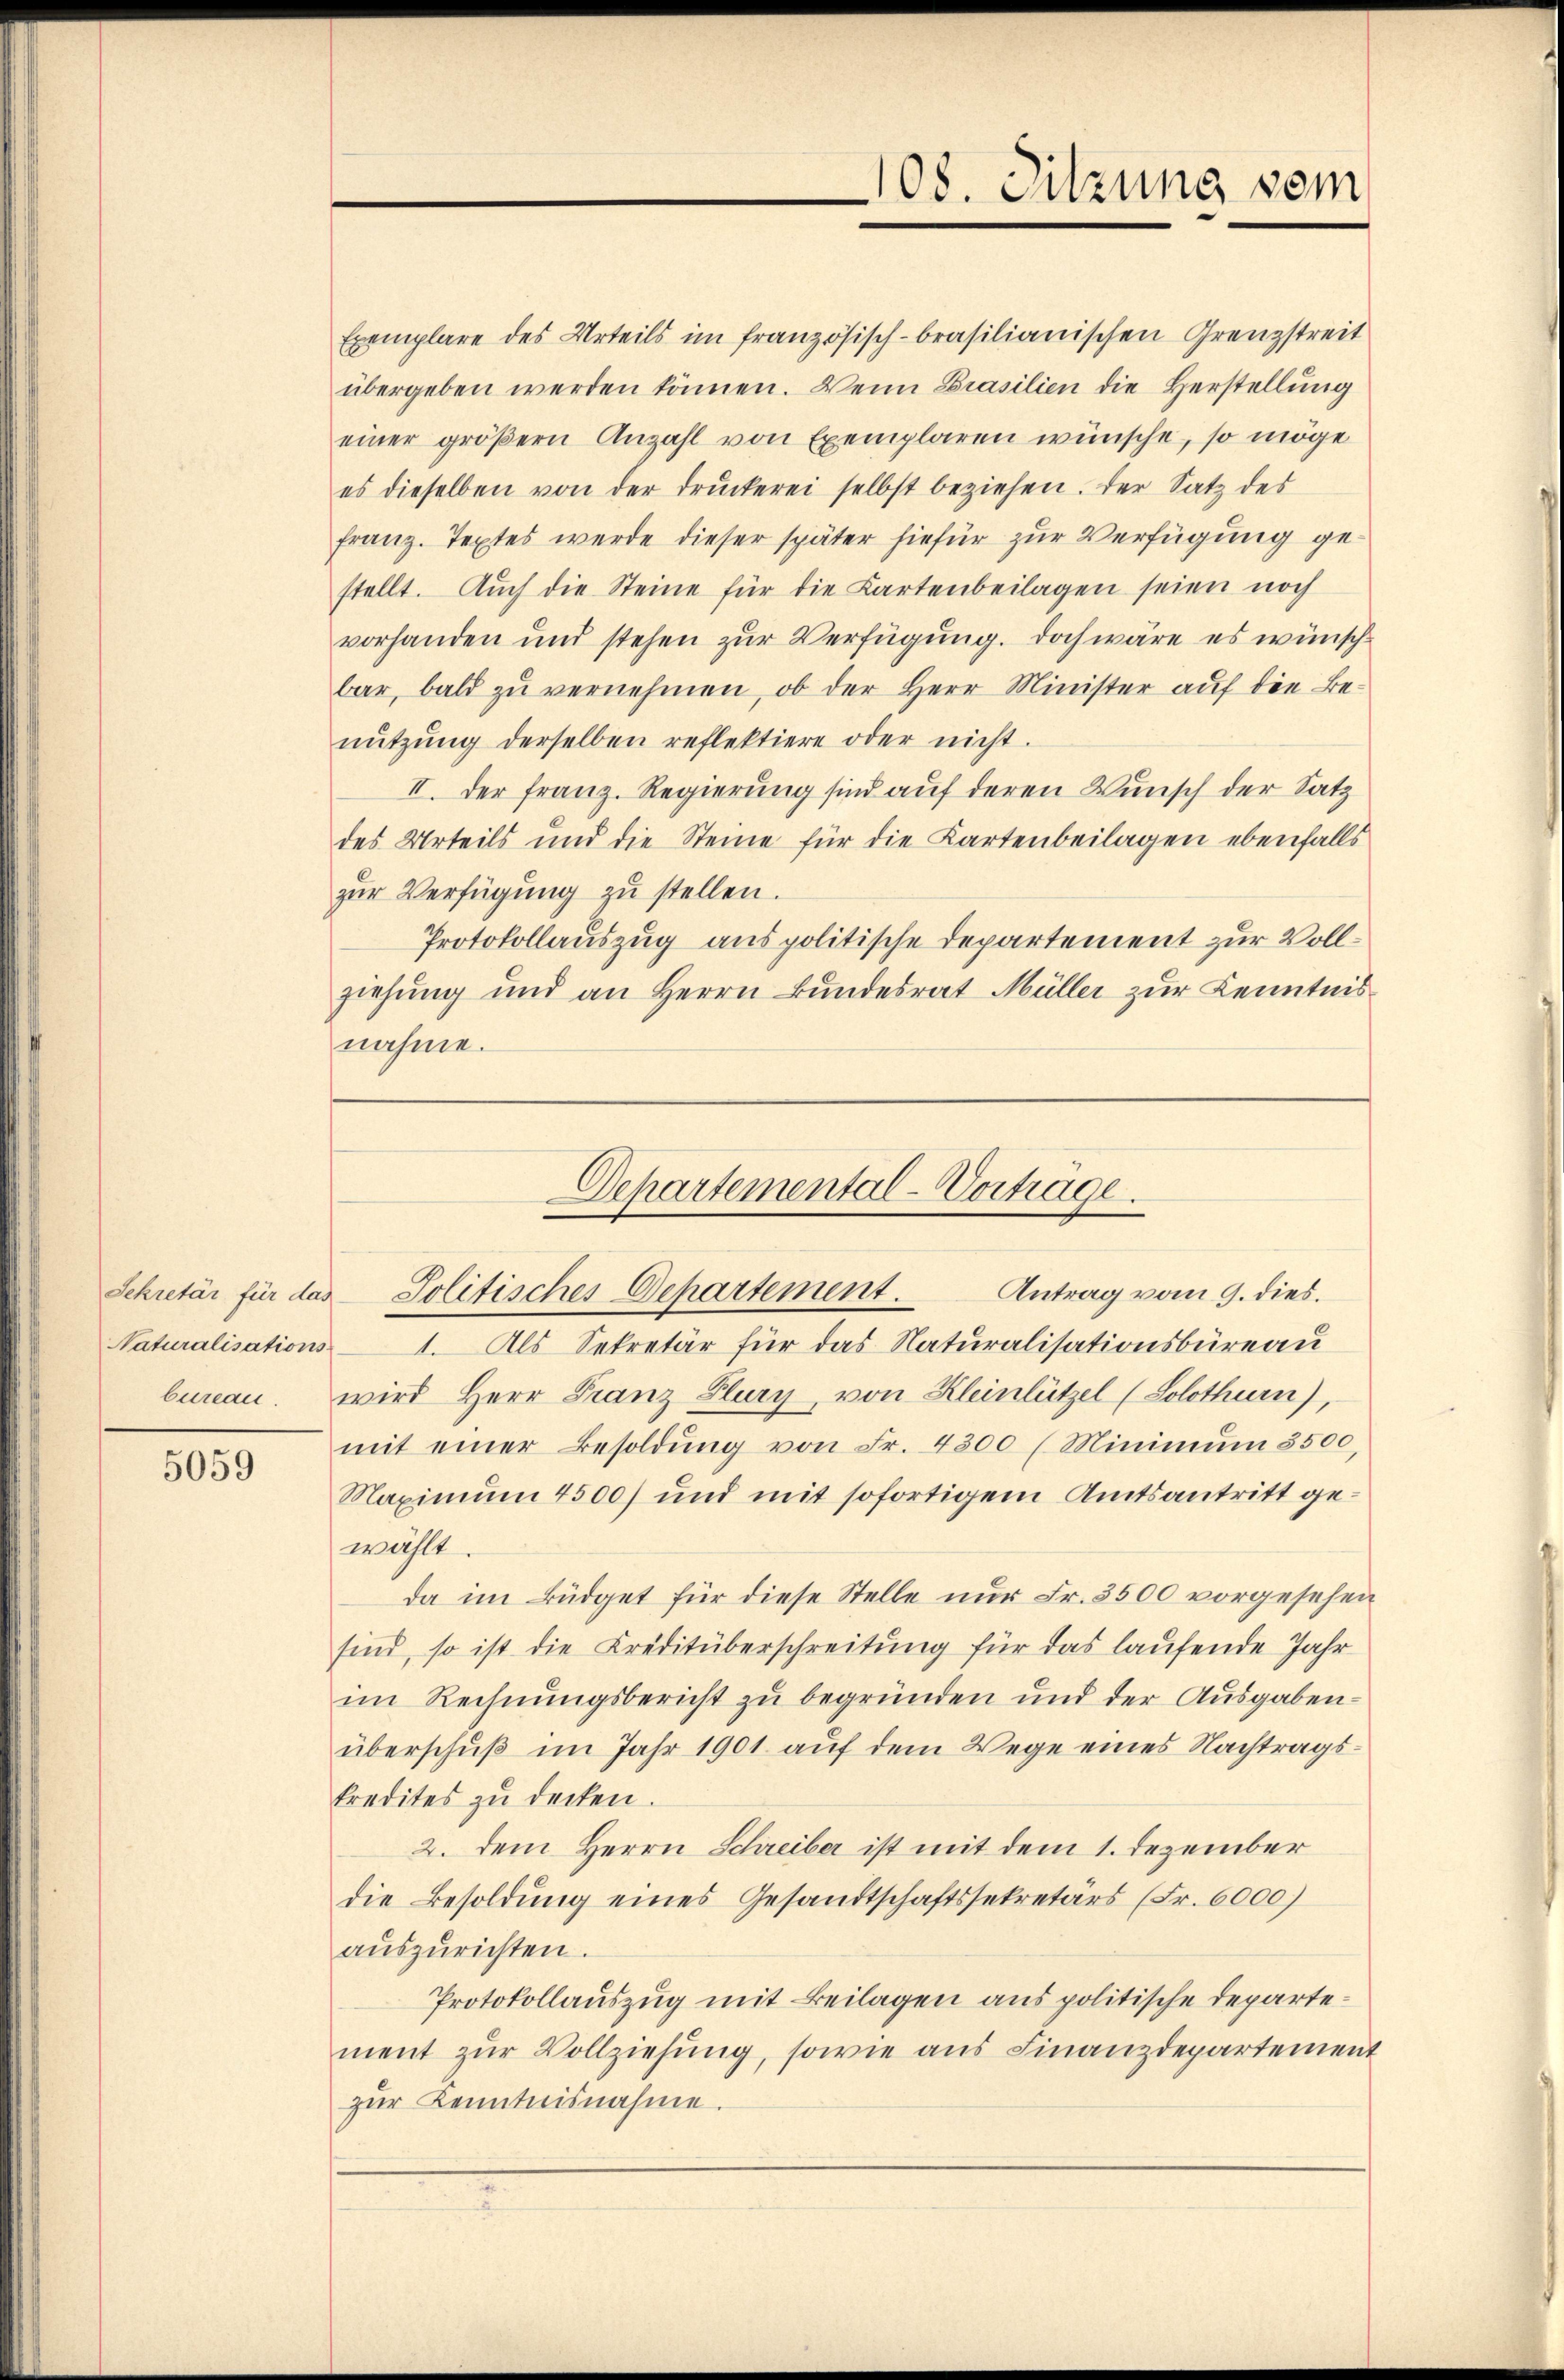
5059

Exemplare des Urteils im französisch-brasilianischen Grenzstreit
übergeben werden können. Wenn Brasilien die Herstellung
einer größern Anzahl von Exemplaren wünsche, so möge
es dieselben von der drŭckerei selbst beziehen. Der Satz des
franz. Textes werde dieser später hiefür zur Verfügung gestellt. Auch die Steine für die Kartenbeilagen seien noch
vorhanden und stehen zur Verfügung. Doch wäre es wünschbar, bald zu vernehmen, ob der Herr Minister auf die Benŭtzŭng derselben reflektiere oder nicht.
II. Der Franz. Regierung sind auf deren Wunsch der Satz
des Urteils und die Steine für die Kartenbeilagen ebenfalls
zŭr Verfügŭng zŭ stellen.
Protokollauszug aus politische Departement zur Vollziehung und an Herrn Bundesrat Müller zur Kenntnis
nahme.

Naturalisations- 1. Als Sekretär für das Naturalisationsbüreau
bureau. wird Herr Franz Flury von Kleinlützel (Solothurn),
mit einer Besoldŭng von Fr. 4300 (Minimŭm 3500,
Maximum 4500) und mit sofortigem Amtsantritt gewählt
da im Büdget für diese Stelle nŭr Fr. 3500 vorgesehen
sind, so ist die Kreditüberschreitung für das laufende Jahr
im Rechnungsbericht zu begründen und der Ausgaben-
überschuß im Jahr 1901 auf dem Wege eines Nachtragskredites zu decken.
2. dem Herrn Schreiber ist mit dem 1. Dezember
die Besoldung eines Gesandtschaftssekretärs (Fr. 6000)
aŭszŭrichten.
Protokollauszug mit Beilagen aus politische Departement zŭr Vollziehŭng, sowie aus Finanzdepartement
zŭr Kenntnisnahme.

108. Sitzung vom

Departemental-Vorträge.
Sekretär für das Politisches Departement.
Antrag vom 9. dies.